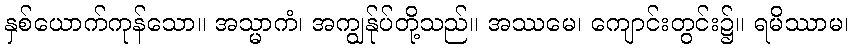
နှစ်ယောက်ကုန်သော။ အသ္မာကံ၊ အကျွန်ုပ်တို့သည်။ အဿမေ၊ ကျောင်းတွင်း၌။ ရမိဿာမ၊